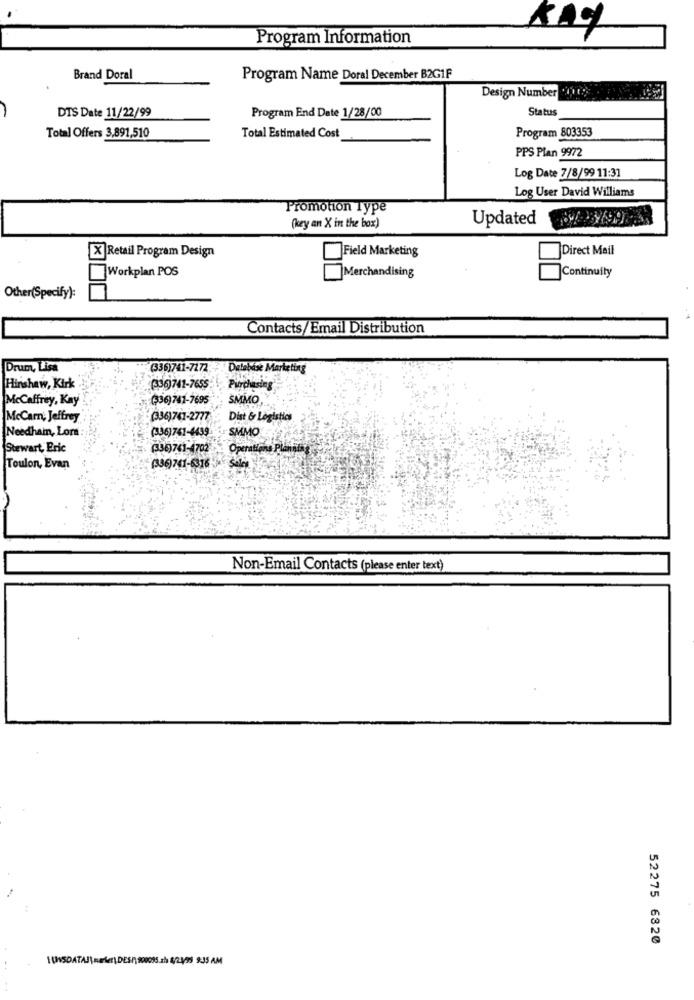
Program Information
KAY
Brand Doral
Program Name Doral December B2G1F
Design Number "01.
DTS Date 11/22/99
Status
Program End Date 1/28/00
Program 803353
Total Offers 3,891,510
Total Estimated Cost
PPS Plan 9972
Log Date 7/8/99 11:31
Log User David Williams
Promotion Type
Updated
(key an X in the box)
Direct Mail
[X] Retail Program Design
Field Marketing
Workplan POS
Continuity
|Merchandising
Other(Specify):
Contacts/Email Distribution
Drum, Lisa
(336)741-7272
·Delebase Marketing
Hinshaw, Kirk
(336)741-7655
Purchasing
McCaffrey, Kay
(336)741-7695
SMMO
McCarn; Jeffrey
(336)741-2777
Dist & Logistics
(336)741-4439
SMMO
Needham, Lors
Stewart, Eric
(36)741-4702
Operatione Plats
Toulon, Evan
(336)741-6316
Non-Email Contacts (please enter text)
52275 6820
..